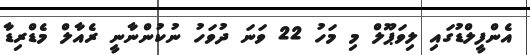
އެންފީލްޑުގައި ލިވަޕޫލް މި މަހު 22 ވަނަ ދުވަހު ނުކުންނާނީ ރެއާލް މެޑްރިޑާ